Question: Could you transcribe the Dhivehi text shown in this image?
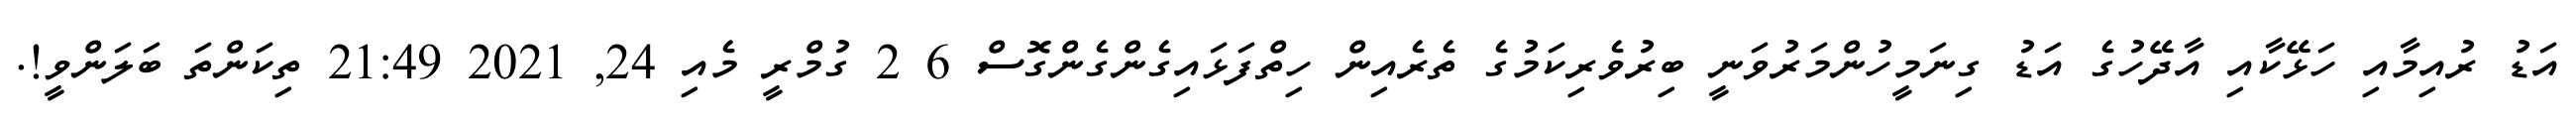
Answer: އަޑު ރުއިމާއި ހަޅޭކާއި އާދޭހުގެ އަޑު ގިނަމީހުންމަރުވަނީ ބިރުވެރިކަމުގެ ތެރެއިން ހިތްފަޅައިގެންގެންގޮސް 6 2 ގުމްރީ މެއި 24, 2021 21:49 ތިކަންތަ ބަލަންވީ!.